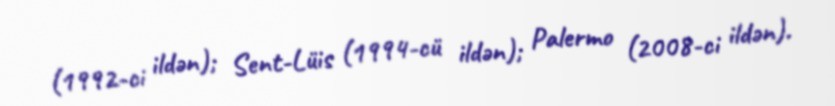
(1992-ci ildən); Sent-Lüis (1994-cü ildən); Palermo (2008-ci ildən).